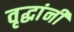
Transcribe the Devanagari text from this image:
वृद्धांनी